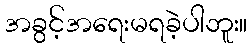
အခွင့်အရေးမရခဲ့ပါဘူး။